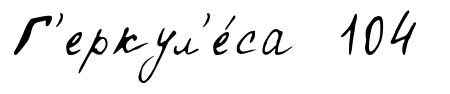
Г'еркул'е́са 104